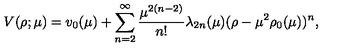
V ( \rho ; \mu ) = v _ { 0 } ( \mu ) + \sum _ { n = 2 } ^ { \infty } \frac { \mu ^ { 2 ( n - 2 ) } } { n ! } \lambda _ { 2 n } ( \mu ) ( \rho - \mu ^ { 2 } \rho _ { 0 } ( \mu ) ) ^ { n } ,